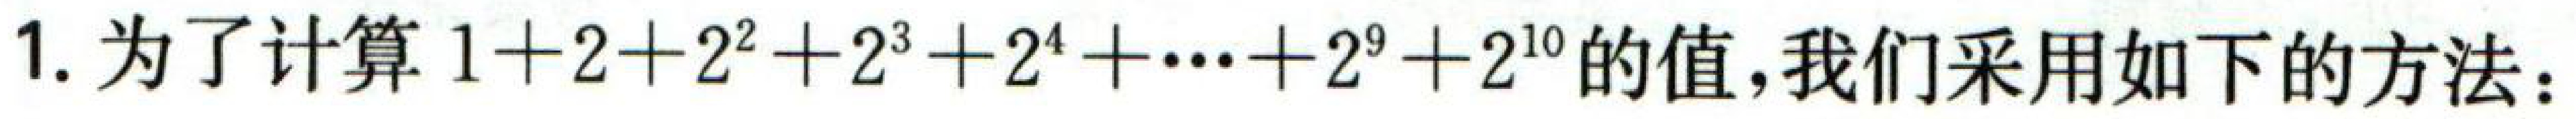
1. 为了计算\(1 + 2+2^{2}+2^{3}+2^{4}+\cdots+2^{9}+2^{10}\)的值，我们采用如下的方法：